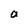
Character: a